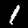
Digit: 1